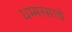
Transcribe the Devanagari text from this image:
धम्मरसाचे